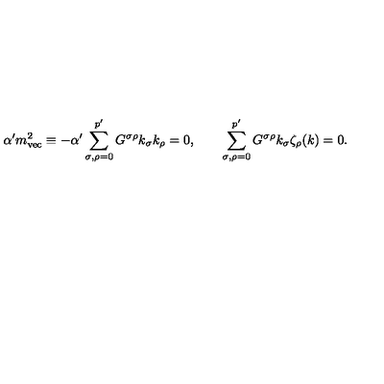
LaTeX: \alpha ^ { \prime } m _ { \mathrm { v e c } } ^ { 2 } \equiv - \alpha ^ { \prime } \sum _ { \sigma , \rho = 0 } ^ { p ^ { \prime } } G ^ { \sigma \rho } k _ { \sigma } k _ { \rho } = 0 , \qquad \sum _ { \sigma , \rho = 0 } ^ { p ^ { \prime } } G ^ { \sigma \rho } k _ { \sigma } \zeta _ { \rho } ( k ) = 0 .